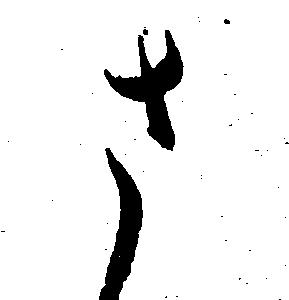
さ